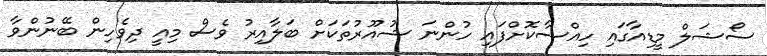
ސޯޝަލް މީޑިއާގައި ހިއްސާކޮށްފައި ހުންނަ ޝުއޫރުތަކަށް ބަލާއިރު ވެސް މިއީ ދިވެހިން ބޭނުންވާ